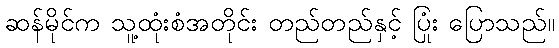
ဆန်မိုင်က သူ့ထုံးစံအတိုင်း တည်တည်နှင့် ပြုံး ပြောသည်။